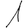
Digit: 1